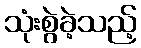
သုံးစွဲခဲ့သည့်